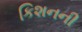
કિશનની